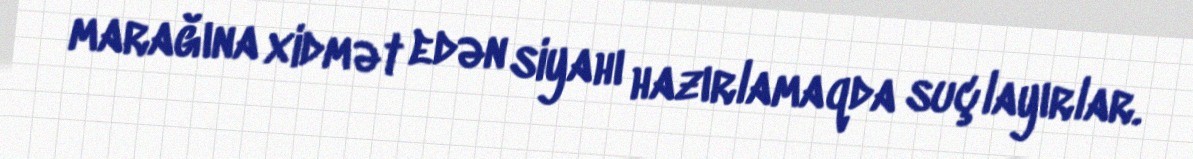
marağına xidmət edən siyahı hazırlamaqda suçlayırlar.